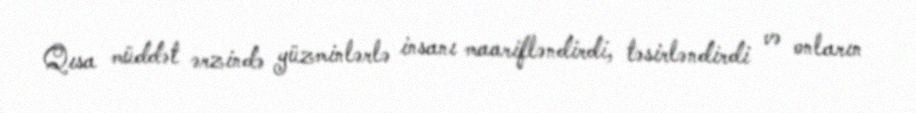
Qısa müddət ərzində yüzminlərlə insanı maarifləndirdi, təsirləndirdi və onların